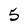
Character: 5